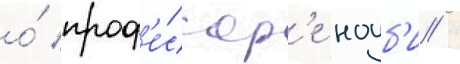
о́ проф'е́ссор'е ноуб'и /